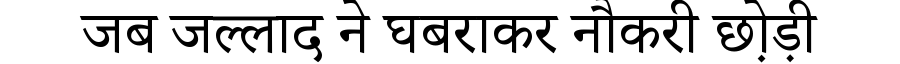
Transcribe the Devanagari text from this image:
जब जल्लाद ने घबराकर नौकरी छोड़़ी